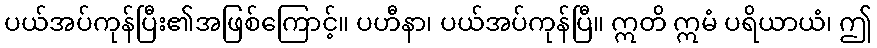
ပယ်အပ်ကုန်ပြီး၏အဖြစ်ကြောင့်။ ပဟီနာ၊ ပယ်အပ်ကုန်ပြီ။ ဣတိ ဣမံ ပရိယာယံ၊ ဤ